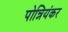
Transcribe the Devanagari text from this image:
पोन्नियंकर